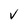
Character: V